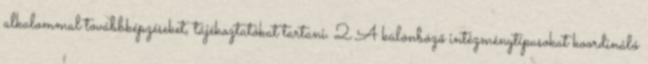
alkalommal továbbképzéseket, tájékoztatókat tartani. 2 A különböző intézménytípusokat koordináló